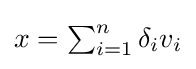
\textstyle x=\sum _{i=1}^{n}\delta _{i}v_{i}